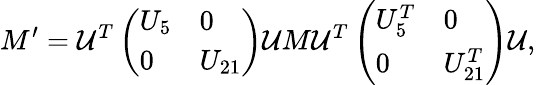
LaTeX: M^{\prime}={\cal U}^{T}\left(\begin{array}{ll}{{U_{5}}}&{{0}}\\ {{0}}&{{U_{21}}}\end{array}\right){\cal U}M{\cal U}^{T}\left(\begin{array}{ll}{{U_{5}^{T}}}&{{0}}\\ {{0}}&{{U_{21}^{T}}}\end{array}\right){\cal U},